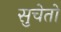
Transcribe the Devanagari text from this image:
सुचेतो